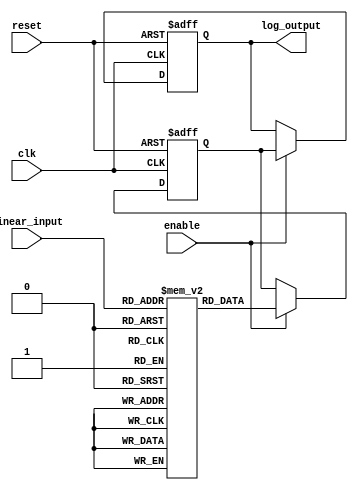
module LogarithmicScalingCircuit (
    input wire clk,                 // System clock
    input wire reset,               // Reset signal
    input wire enable,              // Enable signal for processing
    input wire [7:0] linear_input,  // 8-bit linear input (0-255, represents [0, 1])
    output reg [7:0] log_output     // 8-bit logarithmic output (return in range depending on LUT)
);

// Look-Up Table for logarithmic values (base 2 for inputs 0 - 255)
reg [7:0] log_lut [0:255];
integer i;

// Initialize the look-up table with logarithm values
initial begin
    for (i = 1; i < 256; i = i + 1) begin
        log_lut[i] = $rtoi($clog2(i)); // Base 2 logarithm
    end
    log_lut[0] = 8'hFF; // Represent undefined log(0) to some maximum or error code (here 255)
end

// Registers for output storage
reg [7:0] log_value;

// Sequential circuit for logarithmic scaling
always @(posedge clk or posedge reset) begin
    if (reset) begin
        log_value <= 8'd0;
        log_output <= 8'd0;
    end else if (enable) begin
        log_value <= log_lut[linear_input]; // Get logarithmic value from LUT
        log_output <= log_value;             // Output the value on every clock cycle
    end
end

endmodule